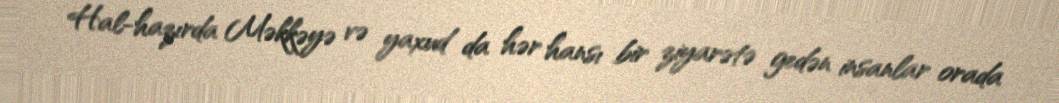
Hal-hazırda Məkkəyə və yaxud da hər hansı bir ziyarətə gedən insanlar orada